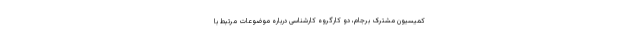
کمیسیون مشترک برجام، دو کارگروه کارشناسی درباره موضوعات مرتبط با